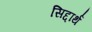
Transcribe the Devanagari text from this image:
सिद्दार्थ